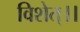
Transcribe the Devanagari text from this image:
विशेत्।।